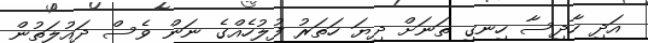
އަދި ހާދިސާ ހިނގި ތަނަށް ދިޔަ ހަތަރު ފުލުހެއްގެ ނަން ވެސް ދައުލަތުން